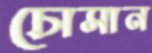
চোসান